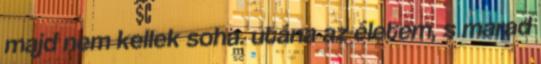
majd nem kellek soha. utána az életem, s marad